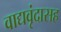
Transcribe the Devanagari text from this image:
वाद्यवृंदासह